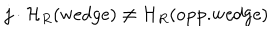
j \cdot { \cal H } _ { R } ( \mathrm { w e d g e } ) \not = { \cal H } _ { R } ( \mathrm { o p p . w e d g e } )